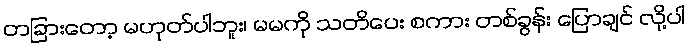
တခြားတော့ မဟုတ်ပါဘူး၊ မမကို သတိပေး စကား တစ်ခွန်း ပြောချင် လို့ပါ